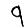
Digit: 9